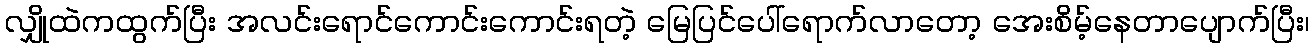
လျှိုထဲကထွက်ပြီး အလင်းရောင်ကောင်းကောင်းရတဲ့ မြေပြင်ပေါ်ရောက်လာတော့ အေးစိမ့်နေတာပျောက်ပြီး၊